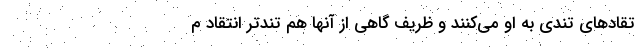
تقادهای تندی به او می‌کنند‌ و ظریف گاهی از آنها هم تندتر انتقاد م